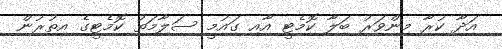
އަދާ ކުރާ މިންވަރު ބަލާ ކޮމެޓީ އާއި ގައުމީ ސަލާމަތު ކޮމެޓީގެ އިތުރުން